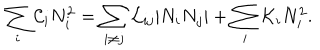
LaTeX: \sum _ { i } { \cal C } _ { i } N _ { i } ^ { 2 } = \sum _ { i \neq j } { \cal L } _ { i j } | N _ { i } N _ { j } | + \sum _ { i } { \cal K } _ { i } N _ { i } ^ { 2 } .